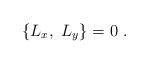
LaTeX: \begin{align*}\{L_x,\ L_y\}=0\ .\end{align*}